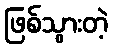
ဖြစ်သွားတဲ့